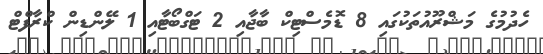
ހެދުމުގެ މަޝްރޫއުތަކުގައި 8 ޑޮމެސްޓިކް ބާޖާއި 2 ޓަގްބޯޓާއި 1 ލޭންޑިން ކްރާފްޓް